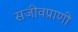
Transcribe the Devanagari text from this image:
सजीवप्राणी